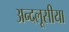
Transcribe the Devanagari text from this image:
अन्दलूसीया